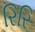
રિરિ